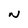
Character: N